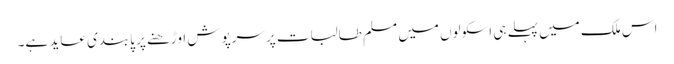
اس ملک میں پہلے ہی اسکولوں میں مسلم طالبات پرسرپوش اوڑھنے پر پابندی عاید ہے۔